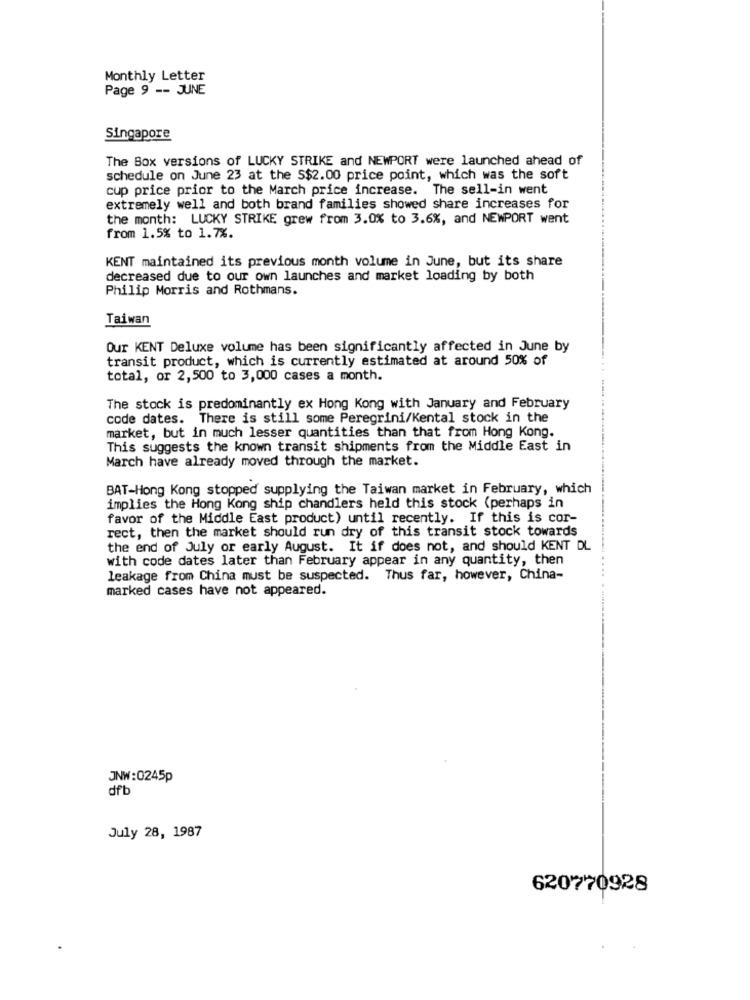
Monthly Letter
Page 9 -- JUNE
Singapore
The Box versions of LUCKY STRIKE and NEWPORT were launched ahead of
schedule on June 23 at the S$2.00 price point, which was the soft
cup price prior to the March price increase. The sell-in went
extremely well and both brand families showed share increases for
the month: LUCKY STRIKE grew from 3.0% to 3.6%, and NEWPORT went
from 1.5% to 1.7%.
KENT maintained its previous month volume in June, but its share
decreased due to our own launches and market loading by both
Philip Morris and Rothmans.
Taiwan
Our KENT Deluxe volume has been significantly affected in June by
transit product, which is currently estimated at around 50% of
total, or 2,500 to 3,000 cases a month.
The stock is predominantly ex Hong Kong with January and February
code dates. There is still some Peregrini/Kental stock in the
market, but in much lesser quantities than that from Hong Kong.
This suggests the known transit shipments from the Middle East in
March have already moved through the market.
BAT-Hong Kong stopped supplying the Taiwan market in February, which
implies the Hong Kong ship chandlers held this stock (perhaps in
favor of the Middle East product) until recently. If this is cor-
rect, then the market should run dry of this transit stock towards
the end of July or early August. It if does not, and should KENT DL
with code dates later than February appear in any quantity, then
leakage from China must be suspected. Thus far, however, China-
marked cases have not appeared.
JNW:0245p
dfb
July 28, 1987
620770928